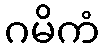
ဂမိကံ